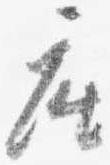
座